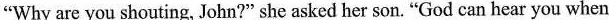
"Why are you shouting, John?" she asked her son. "God can hear you when